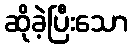
ဆိုခဲ့ပြီးသော